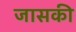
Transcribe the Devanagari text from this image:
जासकी